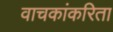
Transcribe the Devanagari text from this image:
वाचकांकरिता